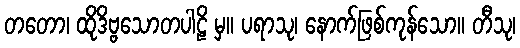
တတော၊ ထိုဒိဗ္ဗသောတပါဠိ မှ။ ပရာသု၊ နောက်ဖြစ်ကုန်သော။ တီသု၊